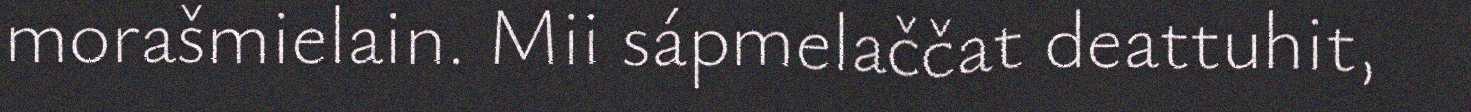
morašmielain. Mii sápmelaččat deattuhit,